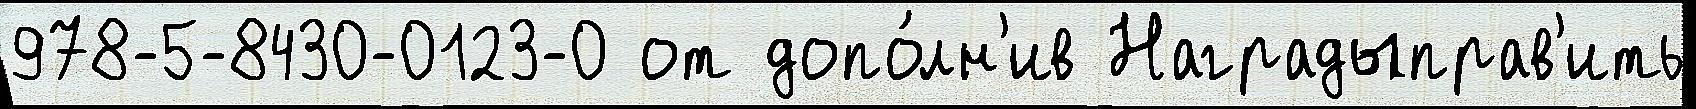
978-5-8430-0123-0 от допо́лн'ив Наградыправ'ить